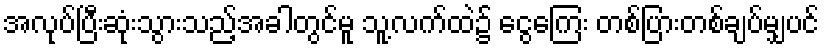
အလုပ်ပြီးဆုံးသွားသည့်အခါတွင်မူ သူ့လက်ထဲ၌ ငွေကြေး တစ်ပြားတစ်ချပ်မျှပင်